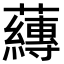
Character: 𮓁